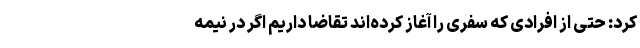
کرد: حتی از افرادی که سفری را آغاز کرده‌اند تقاضا داریم اگر در نیمه